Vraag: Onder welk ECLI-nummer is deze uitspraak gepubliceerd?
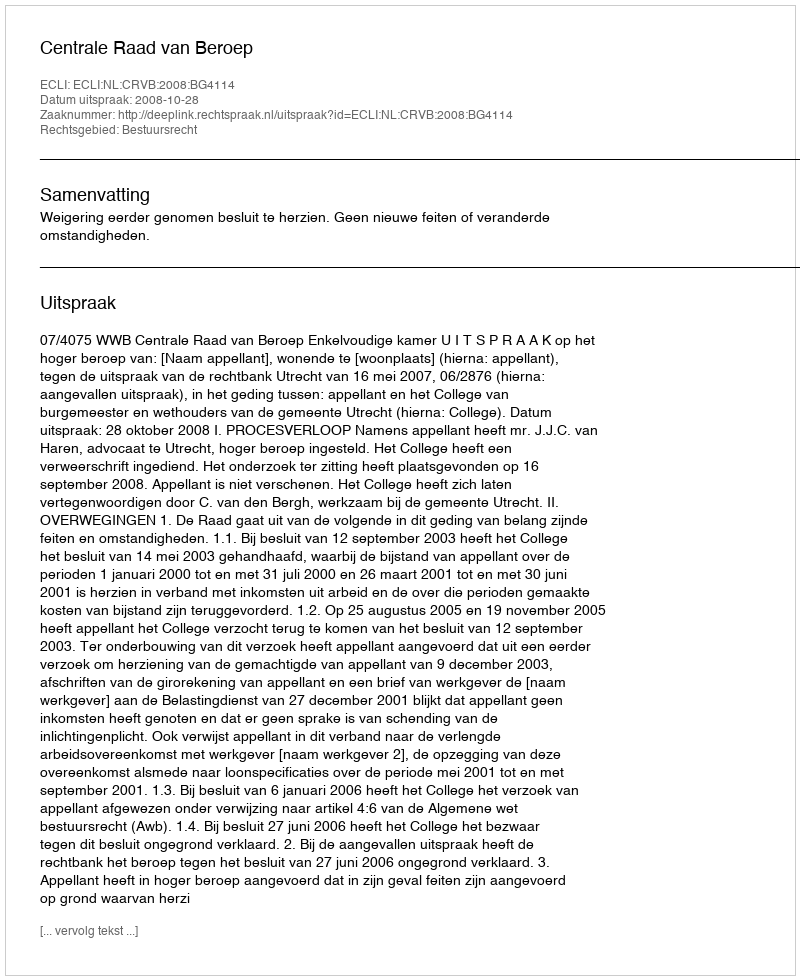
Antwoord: ECLI:NL:CRVB:2008:BG4114